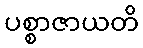
ပစ္စာဇာယတိ